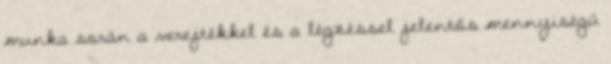
munka során a verejtékkel és a légzéssel jelentős mennyiségű